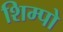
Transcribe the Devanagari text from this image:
शिम्पो